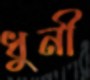
ধুনী